Leaving Certificate Examination (including Day School Certificate (Higher) General paper), 1931
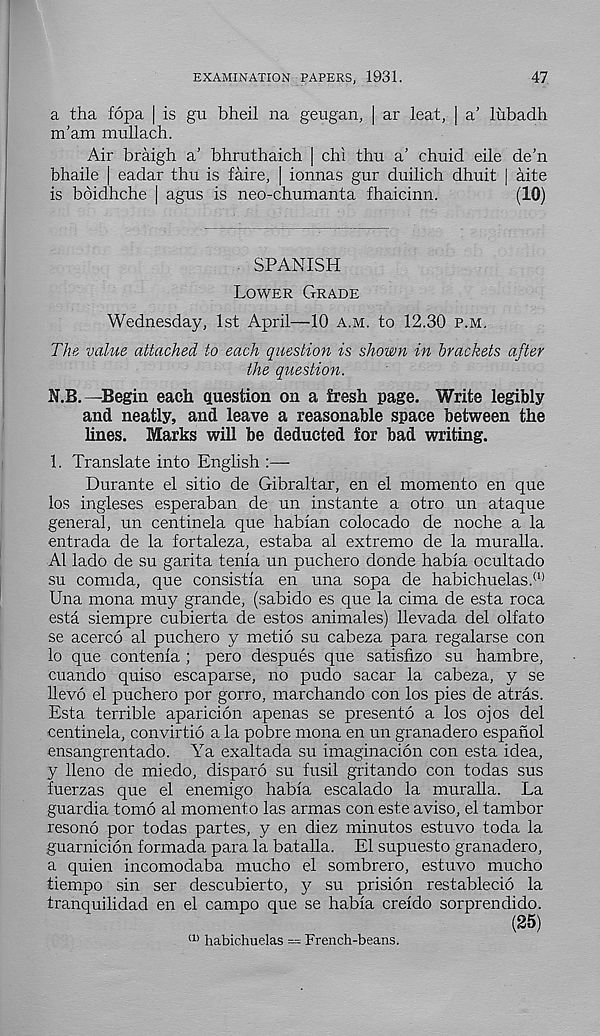
EXAMINATION PAPERS, 1931.
47
a tha fopa | is gu bheil na geugan, | ar leat, | a’ lubadh
m’am mullach.
Air braigh a’ bhruthaich | chi thu a’ chuid eile de’n
bhaile | eadar thu is faire, | ionnas gur duilich dhuit | aite
is bdidhche | agus is neo-chumanta fhaicinn.
(10)
. SPANISH
Lower Grade
Wednesday, 1st April—10 a.m. to 12.30 p.m.
The, value attached to each question is shown in brackets after
the question.
N.B.—Begin each question on a fresh page. Write legibly
and neatly, and leave a reasonable space between the
lines. Marks will be deducted for bad writing.
1. Translate into English :—-
Durante el sitio de Gibraltar, en el momento en que
los ingleses esperaban de un instante a otro un ataque
general, un centinela que habian colocado de noche a la
entrada de la fortaleza, estaba al extremo de la muralla.
A1 lado de su garita tenia un puchero donde habia ocultado
su comida, que consistia en una sopa de habichuelas. (1)
Una mona muy grande, (sabido es que la cima de esta roca
esta siempre cubierta de estos animales) llevada del olfato
se acerco al puchero y metio su cabeza para regalarse con
lo que contenia ; pero despues que satisfizo su hambre,
cuando quiso escaparse, no pudo sacar la cabeza, y se
llevo el puchero por gorro, marchando con los pies de atras.
Esta terrible aparicion apenas se presento a los ojos del
centinela, convirtio a la pobre mona en un granadero espahol
ensangrentado. Ya exaltada su imaginacion con esta idea,
y lleno de miedo, disparo su fusil gritando con todas sus
fuerzas que el enemigo habia escalade la muralla. La
guardia tomo al momento las armas con este aviso, el tambor
resono por todas partes, y en diez minutos estuvo toda la
guarnicion formada para la batalla. El supuesto granadero,
a quien incomodaba mucho el sombrero, estuvo mucho
tiempo sin ser descubierto, y su prision restablecio la
tranquilidad en el campo que se habia creido sorprendido.
(25)
ll) habichuelas — French-beans.